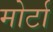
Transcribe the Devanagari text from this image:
मोर्टा